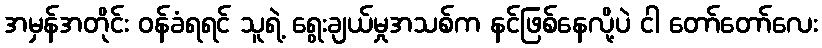
အမှန်အတိုင်း ဝန်ခံရရင် သူရဲ့ ရွေးချယ်မှုအသစ်က နင်ဖြစ်နေလို့ပဲ ငါ တော်တော်လေး